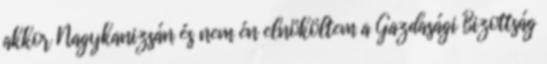
akkor Nagykanizsán és nem én elnököltem a Gazdasági Bizottság